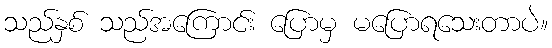
သည်နှစ် သည်အကြောင်း ပြောမှ မပြောရသေးတာပဲ။